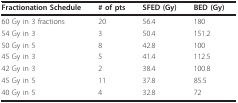
<table><thead><tr><td><b>Fractionation Schedule</b></td><td><b># of pts</b></td><td><b>SFED (Gy)</b></td><td><b>BED (Gy)</b></td></tr></thead><tbody><tr><td>60 Gy in 3 fractions</td><td>20</td><td>56.4</td><td>180</td></tr><tr><td>54 Gy in 3</td><td>3</td><td>50.4</td><td>151.2</td></tr><tr><td>50 Gy in 5</td><td>8</td><td>42.8</td><td>100</td></tr><tr><td>45 Gy in 3</td><td>5</td><td>41.4</td><td>112.5</td></tr><tr><td>42 Gy in 3</td><td>2</td><td>38.4</td><td>100.8</td></tr><tr><td>45 Gy in 5</td><td>11</td><td>37.8</td><td>85.5</td></tr><tr><td>40 Gy in 5</td><td>4</td><td>32.8</td><td>72</td></tr></tbody></table>